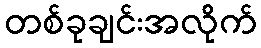
တစ်ခုချင်းအလိုက်